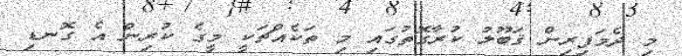
މި ދެމަފިރިން ޤަބޫލު ކުރާގޮތުގައި މި ތަކެއްޗަކީ މީގެ ކުރިން އެ ގޮނޑި